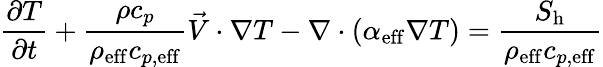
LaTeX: \frac{\partial T}{\partial t}+\frac{\rho c_{p}}{\rho_{\mathrm{{eff}}}c_{p,\mathrm{{eff}}}}\vec{V}\cdot\nabla T-\nabla\cdot\left(\alpha_{\mathrm{{eff}}}\nabla T\right)=\frac{S_{\mathrm{{h}}}}{\rho_{\mathrm{{eff}}}c_{p,\mathrm{{eff}}}}